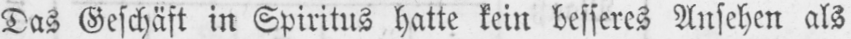
Das Geschäft in Spiritus hatte kein besseres Ansehen als